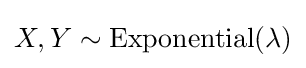
X,Y\sim {\textrm {Exponential}}(\lambda )